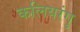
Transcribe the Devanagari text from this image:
कलियरंगु